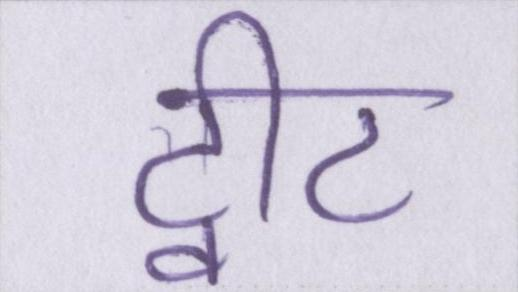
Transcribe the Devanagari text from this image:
ट्वीट